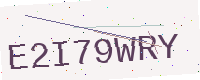
Text: E2I79WRY